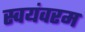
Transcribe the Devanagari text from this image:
स्वयंवरम